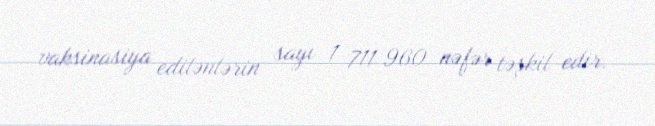
vaksinasiya edilənlərin sayı 1 711 960 nəfər təşkil edir.